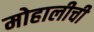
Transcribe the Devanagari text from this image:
मोहालीची